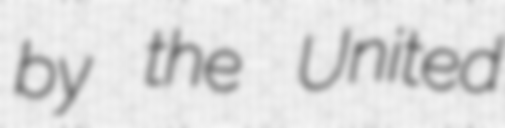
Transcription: by the United